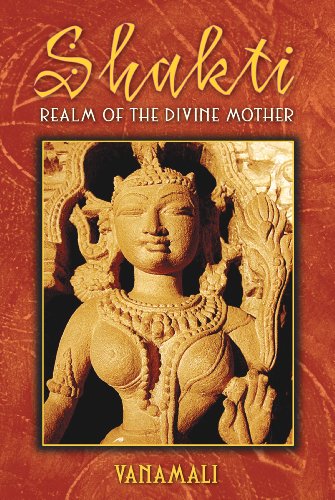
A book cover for Shakti: Realm of the Divine Mother; Vanamali; Religion & Spirituality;